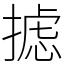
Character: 摅